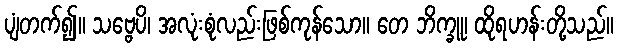
ပျံတက်၍။ သဗ္ဗေပိ၊ အလုံးစုံလည်းဖြစ်ကုန်သော။ တေ ဘိက္ခူ၊ ထိုရဟန်းတို့သည်။